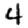
Digit: 4